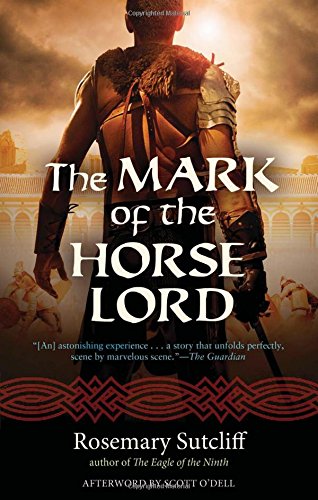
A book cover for The Mark of the Horse Lord (Rediscovered Classics); Rosemary Sutcliff; Teen & Young Adult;